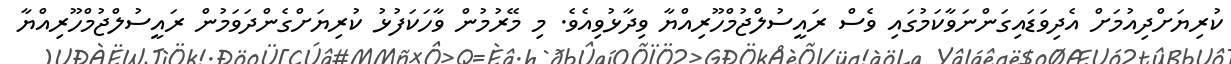
ކުރިޔަށްދިއުމަށް އެދިވަޑައިގަންނަވާކަމުގައި ވެސް ރައީސުލްޖުމްހޫރިއްޔާ ވިދާޅުވިއެވެ. މި މޭރުމުން ވާހަކަފުޅު ކުރިޔަށްގެންދަވަމުން ރައީސުލްޖުމްހޫރިއްޔާ